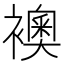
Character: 襖